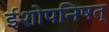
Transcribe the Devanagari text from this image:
ईशोपनिषत्